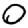
Digit: 0